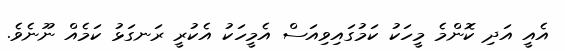
އެއީ އަދި ކޮންމެ މީހަކު ކަމުގައިވިއަސް އެމީހަކު އެކުރީ ރަނގަޅު ކަމެއް ނޫނެވެ.